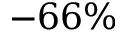
- 6 6 \%